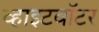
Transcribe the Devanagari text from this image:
व्हाइटवॉटर